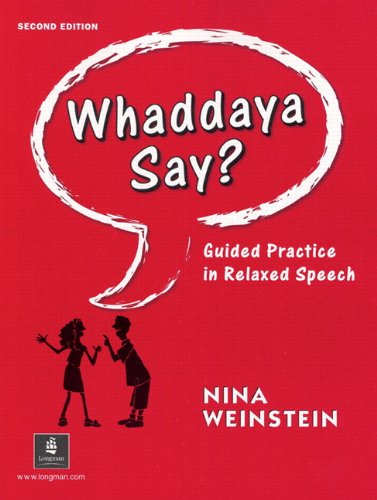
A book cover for Whaddaya Say? Guided Practice in Relaxed Speech, Second Edition; Nina Weinstein; Test Preparation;